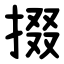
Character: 掇